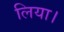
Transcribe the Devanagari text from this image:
लिया।